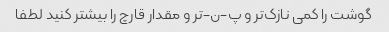
گوشت را کمی نازک‌تر و پ-ن-تر و مقدار قارچ را بیشتر کنید لطفا